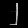
Digit: ၂